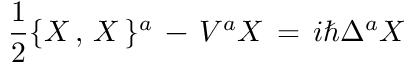
{ \frac { 1 } { 2 } } \{ X \, , \, X \, \} ^ { a } \, - \, V ^ { a } X \, = \, i \hbar \Delta ^ { a } X